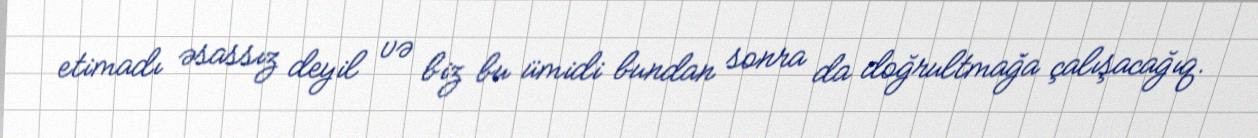
etimadı əsassız deyil və biz bu ümidi bundan sonra da doğrultmağa çalışacağıq.